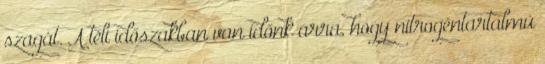
szagát. A téli időszakban van időnk arra, hogy nitrogéntartalmú